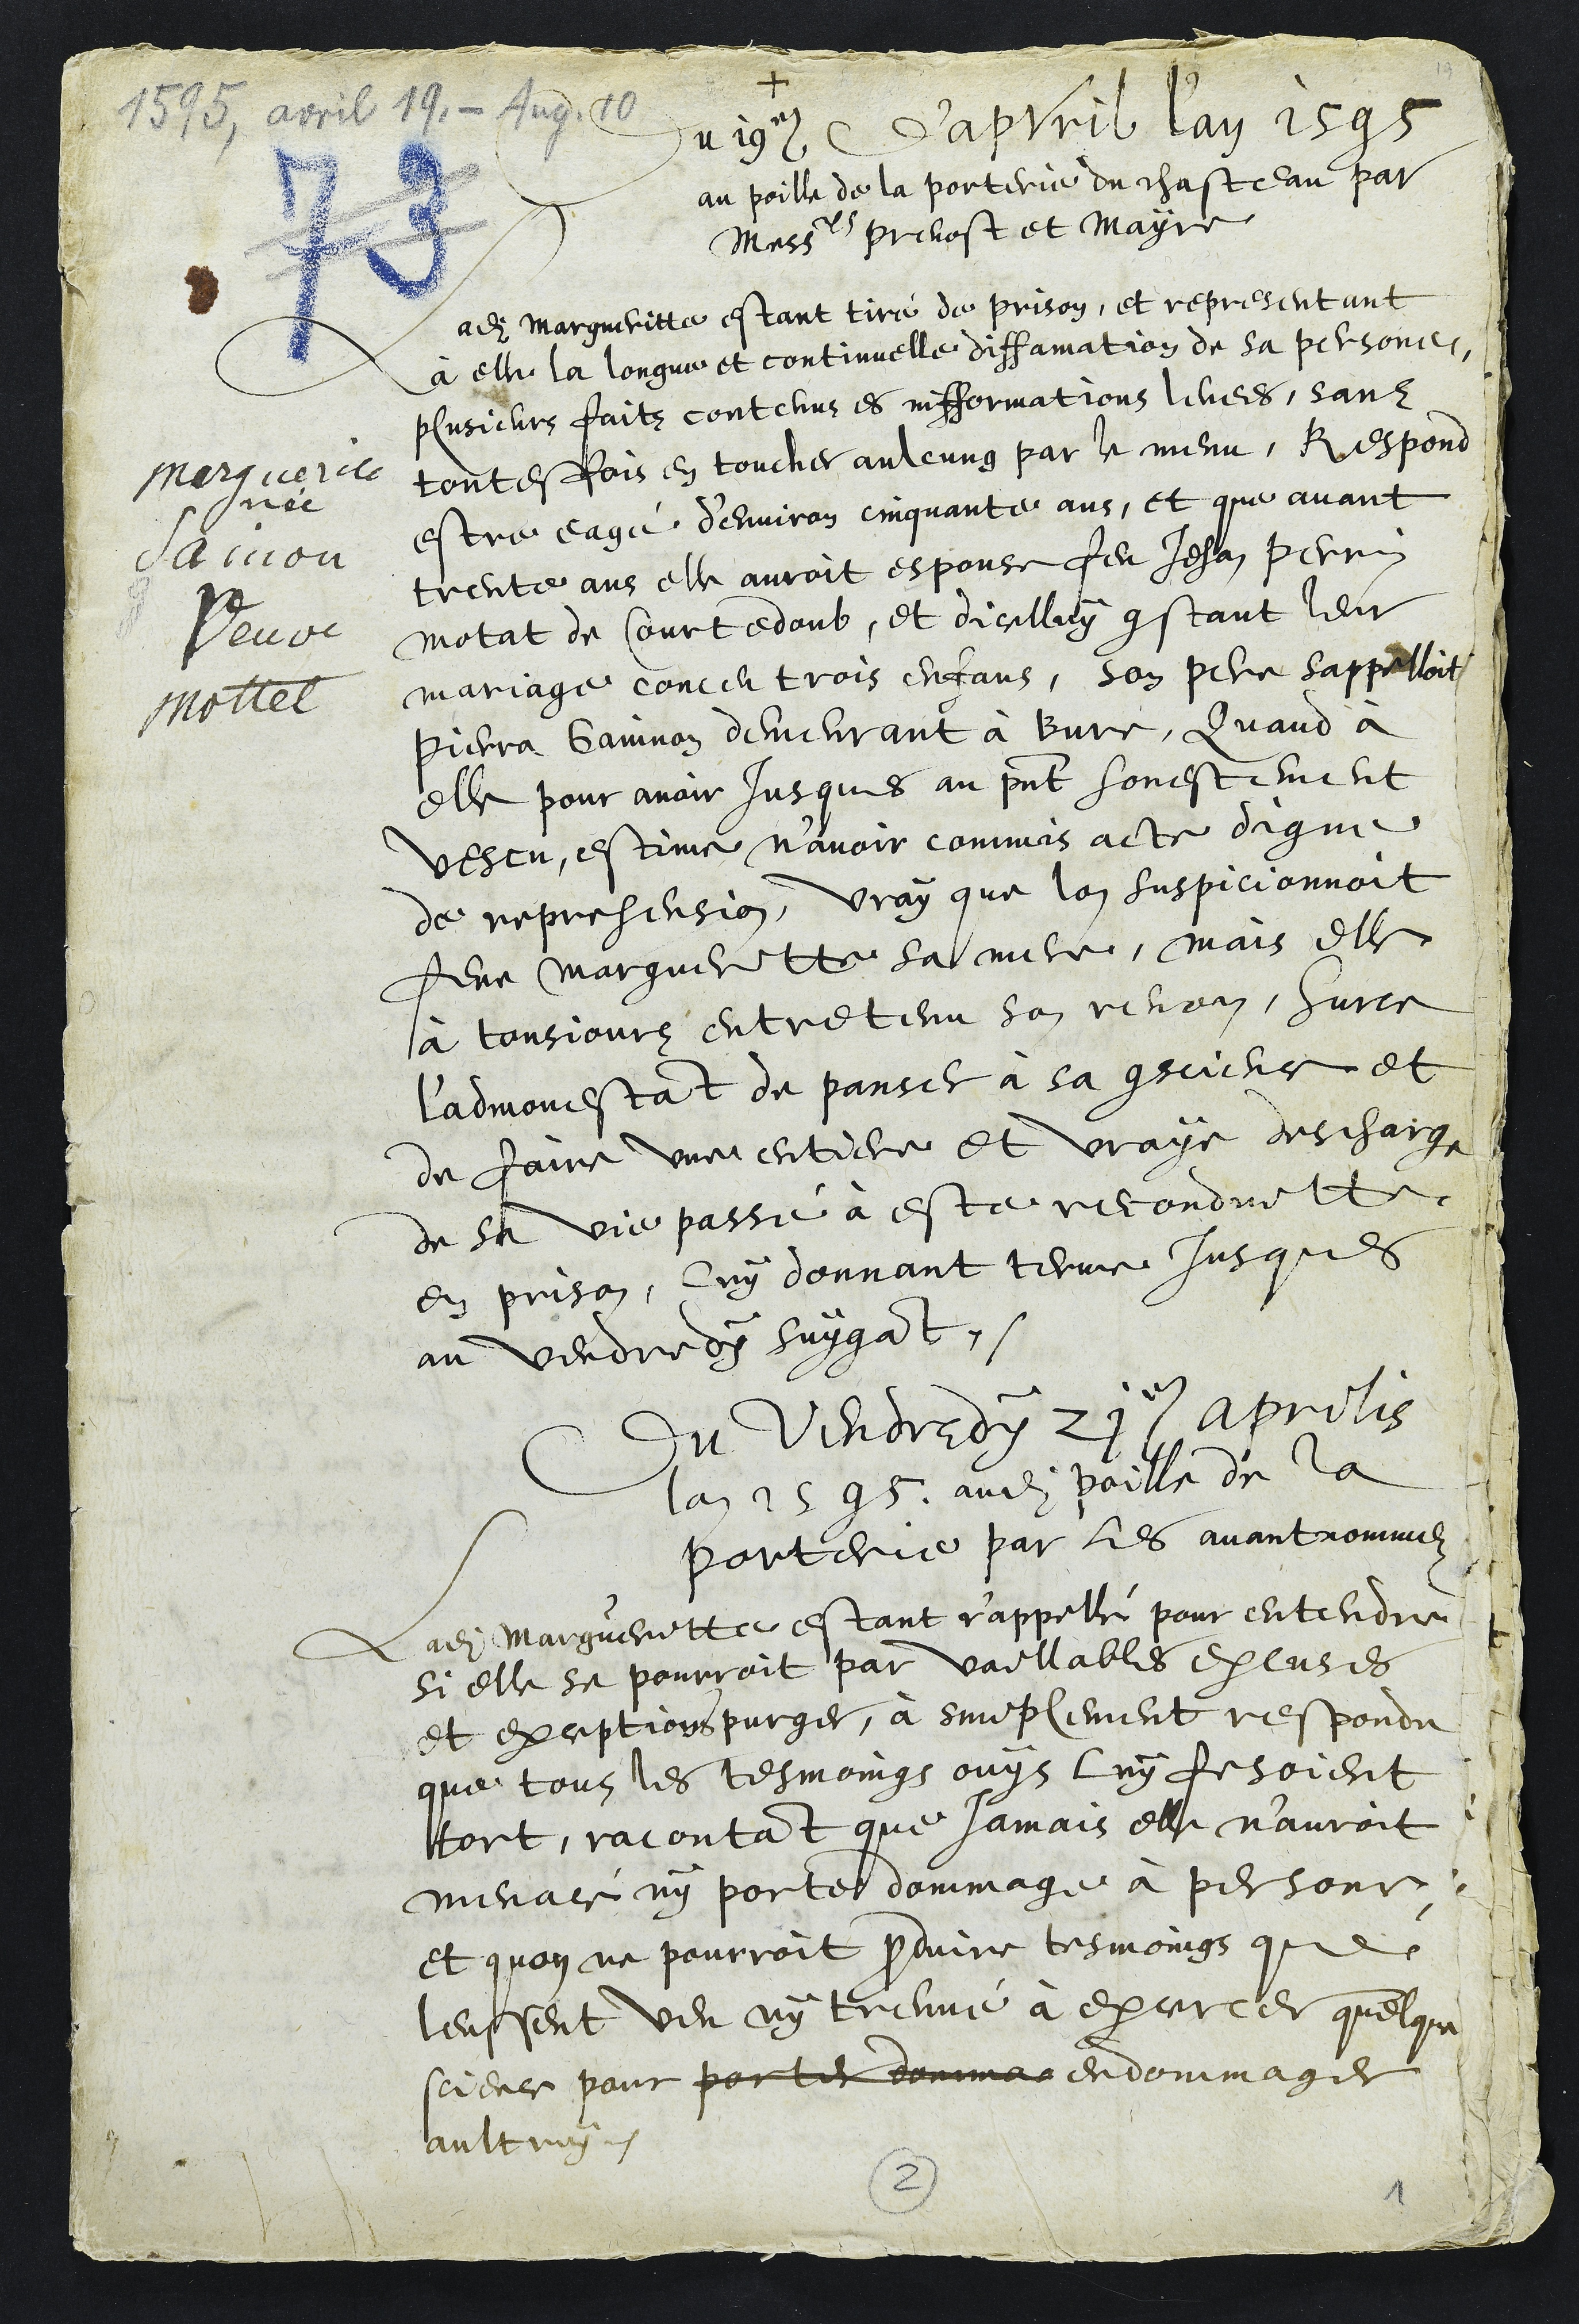
1595, avril 19. - Aug. 10
Marguerite
née
Gainon
Veuve
Mottet
+
Du 19e D'apvril l'an 1595
au poille de la porterie du chasteau par
Messieurs prevost et Mayre
ladite Margueritte estant tiré de prison, et representant
à elle la longue et continuelle diffamation de sa personne
plusieurs faits contenus et infformations levees, sanz
toutesfois en toucher aulcung par le menu, Respond
estre eagé d’environ cinquante ans, et que avant
trente ans elle auroit espouse feu Jehan Perrin
Motat de Courtedoub, et dicelluy constant leur
mariage conceu trois enfans, son pere sappelloit
Pierra Gainnon demeurant à Bure, Quand à
elle pour avoir jusques au present honestement
vescu, estime n’avoir commis acte digne
de reprehension, vray que lon suspicionnoit
feue Margueritte sa mere, mais elle
à tousjours entretenu son renom, Surce
l’admonestant de panser à sa conscience et
de faire une entiere et vraye descharge
de sa vie passé à este reconduitte
en prison, luy donnant terme jusques
au vendredy suygant,
Du vendredy 21e aprilis
Lan 1595. audit poille de la
porterie par les avant nommez
Ladite Margueritte estant r'appellé pour entendre
si elle se pourroit par vaillables excuses
et exceptions purger, à simplement respondu
que tous les tesmoings ouys luy fesoient
tort, racontant que jamais elle n’auroit
menacé ny porte dommage à persone
et quon ne pourroit produire tesmoings que
leussent veu ny treuvé à excercer quelque
science pour porter domma endommager
aultruy.